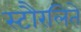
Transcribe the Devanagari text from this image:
स्टौरलिते